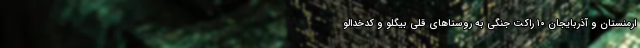
ارمنستان و آذربایجان ۱۰ راکت جنگی به روستاهای قلی بیگلو و کدخدالو